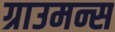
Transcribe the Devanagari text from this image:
ग्राउमन्स